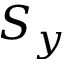
S _ { y }